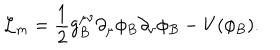
{ \cal L } _ { m } = \frac { 1 } { 2 } g _ { B } ^ { \mu \nu } \partial _ { \mu } \phi _ { B } \partial _ { \nu } \phi _ { B } - V ( \phi _ { B } ) .